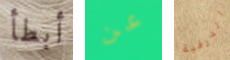
أبطأ عن الدرقية